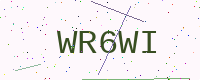
Text: WR6WI